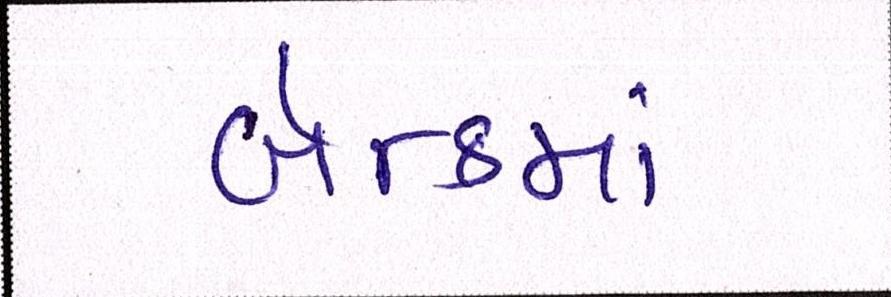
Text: બૅન્કમાં